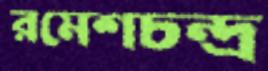
রমেশচন্দ্র